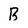
Character: B